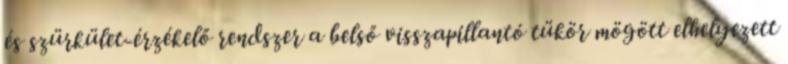
és szürkület-érzékelő rendszer a belső visszapillantó tükör mögött elhelyezett